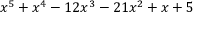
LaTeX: x ^ { 5 } + x ^ { 4 } - 1 2 x ^ { 3 } - 2 1 x ^ { 2 } + x + 5